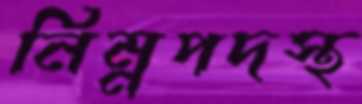
নিম্নপদস্থ